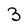
Character: 3